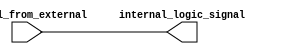
module io_block_low_power_buffer (
    input wire signal_from_external,
    output wire internal_logic_signal
);

// Verilog code for low-power buffer
    assign internal_logic_signal = signal_from_external;

endmodule